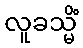
လူခသ္မိံ